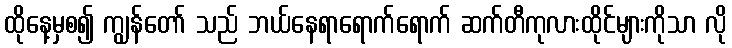
ထိုနေ့မှစ၍ ကျွန်တော် သည် ဘယ်နေရာရောက်ရောက် ဆက်တီကုလားထိုင်များကိုသာ လို